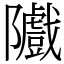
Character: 隵